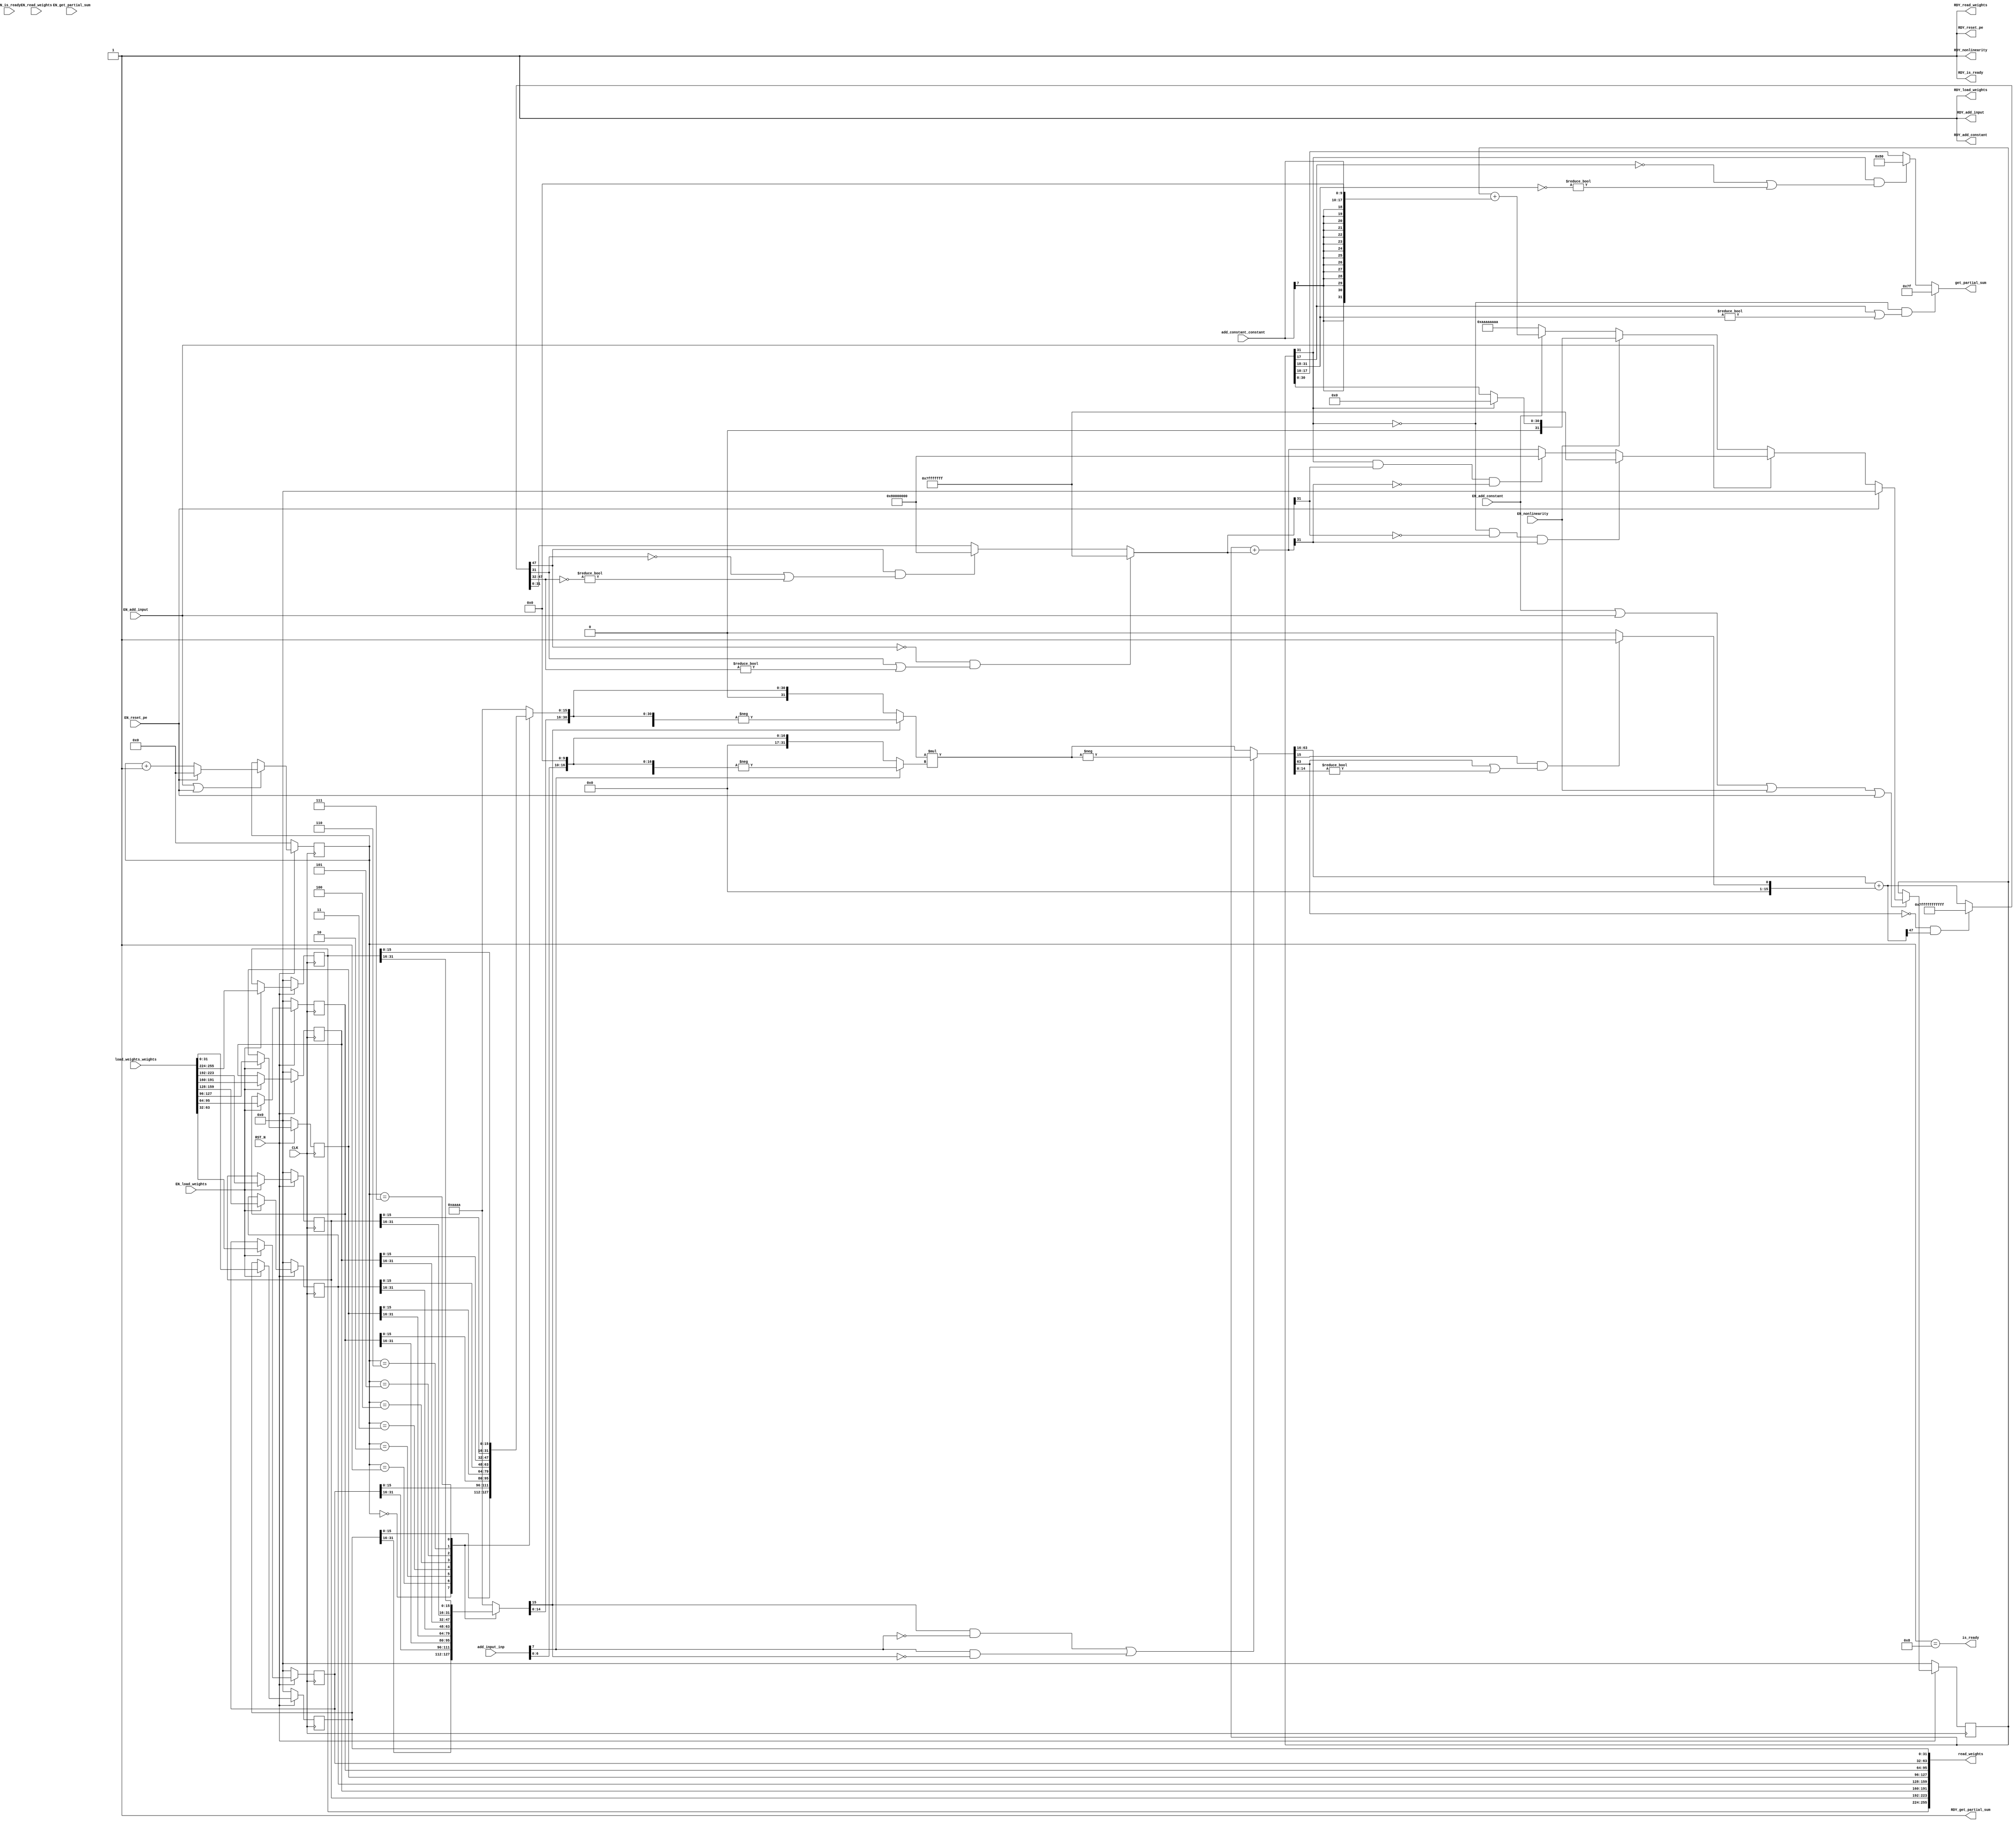
//
// Generated by Bluespec Compiler, version 2016.07.beta1 (build 34806, 2016-07-05)
//
// On Mon Dec 11 18:07:12 EST 2017
//
//
// Ports:
// Name                         I/O  size props
// RDY_load_weights               O     1 const
// RDY_add_input                  O     1 const
// RDY_add_constant               O     1 const
// RDY_nonlinearity               O     1 const
// get_partial_sum                O     8
// RDY_get_partial_sum            O     1 const
// read_weights                   O   256 reg
// RDY_read_weights               O     1 const
// is_ready                       O     1
// RDY_is_ready                   O     1 const
// RDY_reset_pe                   O     1 const
// CLK                            I     1 clock
// RST_N                          I     1 reset
// load_weights_weights           I   256 reg
// add_input_inp                  I     8
// add_constant_constant          I     8
// EN_load_weights                I     1
// EN_add_input                   I     1
// EN_add_constant                I     1
// EN_nonlinearity                I     1
// EN_reset_pe                    I     1
// EN_get_partial_sum             I     1 unused
// EN_read_weights                I     1 unused
// EN_is_ready                    I     1 unused
//
// No combinational paths from inputs to outputs
//
//

`ifdef BSV_ASSIGNMENT_DELAY
`else
  `define BSV_ASSIGNMENT_DELAY
`endif

`ifdef BSV_POSITIVE_RESET
  `define BSV_RESET_VALUE 1'b1
  `define BSV_RESET_EDGE posedge
`else
  `define BSV_RESET_VALUE 1'b0
  `define BSV_RESET_EDGE negedge
`endif

module mkPEFP32(CLK,
		RST_N,

		load_weights_weights,
		EN_load_weights,
		RDY_load_weights,

		add_input_inp,
		EN_add_input,
		RDY_add_input,

		add_constant_constant,
		EN_add_constant,
		RDY_add_constant,

		EN_nonlinearity,
		RDY_nonlinearity,

		EN_get_partial_sum,
		get_partial_sum,
		RDY_get_partial_sum,

		EN_read_weights,
		read_weights,
		RDY_read_weights,

		EN_is_ready,
		is_ready,
		RDY_is_ready,

		EN_reset_pe,
		RDY_reset_pe);
  input  CLK;
  input  RST_N;

  // action method load_weights
  input  [255 : 0] load_weights_weights;
  input  EN_load_weights;
  output RDY_load_weights;

  // action method add_input
  input  [7 : 0] add_input_inp;
  input  EN_add_input;
  output RDY_add_input;

  // action method add_constant
  input  [7 : 0] add_constant_constant;
  input  EN_add_constant;
  output RDY_add_constant;

  // action method nonlinearity
  input  EN_nonlinearity;
  output RDY_nonlinearity;

  // actionvalue method get_partial_sum
  input  EN_get_partial_sum;
  output [7 : 0] get_partial_sum;
  output RDY_get_partial_sum;

  // actionvalue method read_weights
  input  EN_read_weights;
  output [255 : 0] read_weights;
  output RDY_read_weights;

  // actionvalue method is_ready
  input  EN_is_ready;
  output is_ready;
  output RDY_is_ready;

  // action method reset_pe
  input  EN_reset_pe;
  output RDY_reset_pe;

  // signals for module outputs
  wire [255 : 0] read_weights;
  wire [7 : 0] get_partial_sum;
  wire RDY_add_constant,
       RDY_add_input,
       RDY_get_partial_sum,
       RDY_is_ready,
       RDY_load_weights,
       RDY_nonlinearity,
       RDY_read_weights,
       RDY_reset_pe,
       is_ready;

  // register m_partial_sum
  reg [31 : 0] m_partial_sum;
  reg [31 : 0] m_partial_sum_D_IN;
  wire m_partial_sum_EN;

  // register m_step
  reg [3 : 0] m_step;
  wire [3 : 0] m_step_D_IN;
  wire m_step_EN;

  // register m_weight_regs_0
  reg [31 : 0] m_weight_regs_0;
  wire [31 : 0] m_weight_regs_0_D_IN;
  wire m_weight_regs_0_EN;

  // register m_weight_regs_1
  reg [31 : 0] m_weight_regs_1;
  wire [31 : 0] m_weight_regs_1_D_IN;
  wire m_weight_regs_1_EN;

  // register m_weight_regs_2
  reg [31 : 0] m_weight_regs_2;
  wire [31 : 0] m_weight_regs_2_D_IN;
  wire m_weight_regs_2_EN;

  // register m_weight_regs_3
  reg [31 : 0] m_weight_regs_3;
  wire [31 : 0] m_weight_regs_3_D_IN;
  wire m_weight_regs_3_EN;

  // register m_weight_regs_4
  reg [31 : 0] m_weight_regs_4;
  wire [31 : 0] m_weight_regs_4_D_IN;
  wire m_weight_regs_4_EN;

  // register m_weight_regs_5
  reg [31 : 0] m_weight_regs_5;
  wire [31 : 0] m_weight_regs_5_D_IN;
  wire m_weight_regs_5_EN;

  // register m_weight_regs_6
  reg [31 : 0] m_weight_regs_6;
  wire [31 : 0] m_weight_regs_6_D_IN;
  wire m_weight_regs_6_EN;

  // register m_weight_regs_7
  reg [31 : 0] m_weight_regs_7;
  wire [31 : 0] m_weight_regs_7_D_IN;
  wire m_weight_regs_7_EN;

  // rule scheduling signals
  wire CAN_FIRE_add_constant,
       CAN_FIRE_add_input,
       CAN_FIRE_get_partial_sum,
       CAN_FIRE_is_ready,
       CAN_FIRE_load_weights,
       CAN_FIRE_nonlinearity,
       CAN_FIRE_read_weights,
       CAN_FIRE_reset_pe,
       WILL_FIRE_add_constant,
       WILL_FIRE_add_input,
       WILL_FIRE_get_partial_sum,
       WILL_FIRE_is_ready,
       WILL_FIRE_load_weights,
       WILL_FIRE_nonlinearity,
       WILL_FIRE_read_weights,
       WILL_FIRE_reset_pe;

  // inputs to muxes for submodule ports
  wire [31 : 0] MUX_m_partial_sum_write_1__VAL_2,
		MUX_m_partial_sum_write_1__VAL_3,
		MUX_m_partial_sum_write_1__VAL_4;
  wire [3 : 0] MUX_m_step_write_1__VAL_2;

  // remaining internal signals
  reg [15 : 0] weight_se_f__h3451, weight_se_i__h3450;
  wire [63 : 0] IF_SEL_ARR_m_weight_regs_0_2_BITS_31_TO_16_3_m_ETC___d58,
		IF_SEL_ARR_m_weight_regs_0_2_BITS_31_TO_16_3_m_ETC___d60;
  wire [47 : 0] IF_NOT_IF_SEL_ARR_m_weight_regs_0_2_BITS_31_TO_ETC___d75,
		IF_SEL_ARR_m_weight_regs_0_2_BITS_31_TO_16_3_m_ETC___d72;
  wire [31 : 0] IF_NOT_IF_NOT_IF_SEL_ARR_m_weight_regs_0_2_BIT_ETC___d92,
		m_partial_sum_PLUS_IF_NOT_IF_NOT_IF_SEL_ARR_m__ETC___d96,
		x__h3566,
		x__h3582,
		x__h3585,
		x__h3601;
  wire [15 : 0] in2_f__h7237,
		in2_i__h7236,
		inp_se_f__h3535,
		inp_se_i__h3534,
		y_f__h4641;
  wire [1 : 0] add_constant_constant_BITS_7_TO_6__q2,
	       add_input_inp_BITS_7_TO_6__q1;

  // action method load_weights
  assign RDY_load_weights = 1'd1 ;
  assign CAN_FIRE_load_weights = 1'd1 ;
  assign WILL_FIRE_load_weights = EN_load_weights ;

  // action method add_input
  assign RDY_add_input = 1'd1 ;
  assign CAN_FIRE_add_input = 1'd1 ;
  assign WILL_FIRE_add_input = EN_add_input ;

  // action method add_constant
  assign RDY_add_constant = 1'd1 ;
  assign CAN_FIRE_add_constant = 1'd1 ;
  assign WILL_FIRE_add_constant = EN_add_constant ;

  // action method nonlinearity
  assign RDY_nonlinearity = 1'd1 ;
  assign CAN_FIRE_nonlinearity = 1'd1 ;
  assign WILL_FIRE_nonlinearity = EN_nonlinearity ;

  // actionvalue method get_partial_sum
  assign get_partial_sum =
	     (!m_partial_sum[31] &&
	      (m_partial_sum[17] || m_partial_sum[31:18] != 14'd0)) ?
	       8'd127 :
	       ((m_partial_sum[31] &&
		 (!m_partial_sum[17] || ~m_partial_sum[31:18] != 14'd0)) ?
		  8'd128 :
		  m_partial_sum[17:10]) ;
  assign RDY_get_partial_sum = 1'd1 ;
  assign CAN_FIRE_get_partial_sum = 1'd1 ;
  assign WILL_FIRE_get_partial_sum = EN_get_partial_sum ;

  // actionvalue method read_weights
  assign read_weights =
	     { m_weight_regs_7,
	       m_weight_regs_6,
	       m_weight_regs_5,
	       m_weight_regs_4,
	       m_weight_regs_3,
	       m_weight_regs_2,
	       m_weight_regs_1,
	       m_weight_regs_0 } ;
  assign RDY_read_weights = 1'd1 ;
  assign CAN_FIRE_read_weights = 1'd1 ;
  assign WILL_FIRE_read_weights = EN_read_weights ;

  // actionvalue method is_ready
  assign is_ready = m_step == 4'd8 ;
  assign RDY_is_ready = 1'd1 ;
  assign CAN_FIRE_is_ready = 1'd1 ;
  assign WILL_FIRE_is_ready = EN_is_ready ;

  // action method reset_pe
  assign RDY_reset_pe = 1'd1 ;
  assign CAN_FIRE_reset_pe = 1'd1 ;
  assign WILL_FIRE_reset_pe = EN_reset_pe ;

  // inputs to muxes for submodule ports
  assign MUX_m_partial_sum_write_1__VAL_2 =
	     (!m_partial_sum[31] &&
	      !IF_NOT_IF_NOT_IF_SEL_ARR_m_weight_regs_0_2_BIT_ETC___d92[31] &&
	      m_partial_sum_PLUS_IF_NOT_IF_NOT_IF_SEL_ARR_m__ETC___d96[31]) ?
	       32'h7FFFFFFF :
	       ((m_partial_sum[31] &&
		 IF_NOT_IF_NOT_IF_SEL_ARR_m_weight_regs_0_2_BIT_ETC___d92[31] &&
		 !m_partial_sum_PLUS_IF_NOT_IF_NOT_IF_SEL_ARR_m__ETC___d96[31]) ?
		  32'h80000000 :
		  m_partial_sum_PLUS_IF_NOT_IF_NOT_IF_SEL_ARR_m__ETC___d96) ;
  assign MUX_m_partial_sum_write_1__VAL_3 =
	     m_partial_sum[31] ? 32'd0 : m_partial_sum ;
  assign MUX_m_partial_sum_write_1__VAL_4 =
	     m_partial_sum + { in2_i__h7236, in2_f__h7237 } ;
  assign MUX_m_step_write_1__VAL_2 = m_step + 4'd1 ;

  // register m_partial_sum
  always@(EN_reset_pe or
	  EN_add_input or
	  MUX_m_partial_sum_write_1__VAL_2 or
	  EN_nonlinearity or
	  MUX_m_partial_sum_write_1__VAL_3 or
	  EN_add_constant or MUX_m_partial_sum_write_1__VAL_4)
  case (1'b1)
    EN_reset_pe: m_partial_sum_D_IN = 32'd0;
    EN_add_input: m_partial_sum_D_IN = MUX_m_partial_sum_write_1__VAL_2;
    EN_nonlinearity: m_partial_sum_D_IN = MUX_m_partial_sum_write_1__VAL_3;
    EN_add_constant: m_partial_sum_D_IN = MUX_m_partial_sum_write_1__VAL_4;
    default: m_partial_sum_D_IN = 32'hAAAAAAAA /* unspecified value */ ;
  endcase
  assign m_partial_sum_EN =
	     EN_add_constant || EN_add_input || EN_nonlinearity ||
	     EN_reset_pe ;

  // register m_step
  assign m_step_D_IN = EN_reset_pe ? 4'd0 : MUX_m_step_write_1__VAL_2 ;
  assign m_step_EN = EN_add_input || EN_reset_pe ;

  // register m_weight_regs_0
  assign m_weight_regs_0_D_IN = load_weights_weights[31:0] ;
  assign m_weight_regs_0_EN = EN_load_weights ;

  // register m_weight_regs_1
  assign m_weight_regs_1_D_IN = load_weights_weights[63:32] ;
  assign m_weight_regs_1_EN = EN_load_weights ;

  // register m_weight_regs_2
  assign m_weight_regs_2_D_IN = load_weights_weights[95:64] ;
  assign m_weight_regs_2_EN = EN_load_weights ;

  // register m_weight_regs_3
  assign m_weight_regs_3_D_IN = load_weights_weights[127:96] ;
  assign m_weight_regs_3_EN = EN_load_weights ;

  // register m_weight_regs_4
  assign m_weight_regs_4_D_IN = load_weights_weights[159:128] ;
  assign m_weight_regs_4_EN = EN_load_weights ;

  // register m_weight_regs_5
  assign m_weight_regs_5_D_IN = load_weights_weights[191:160] ;
  assign m_weight_regs_5_EN = EN_load_weights ;

  // register m_weight_regs_6
  assign m_weight_regs_6_D_IN = load_weights_weights[223:192] ;
  assign m_weight_regs_6_EN = EN_load_weights ;

  // register m_weight_regs_7
  assign m_weight_regs_7_D_IN = load_weights_weights[255:224] ;
  assign m_weight_regs_7_EN = EN_load_weights ;

  // remaining internal signals
  assign IF_NOT_IF_NOT_IF_SEL_ARR_m_weight_regs_0_2_BIT_ETC___d92 =
	     (!IF_NOT_IF_SEL_ARR_m_weight_regs_0_2_BITS_31_TO_ETC___d75[47] &&
	      (IF_NOT_IF_SEL_ARR_m_weight_regs_0_2_BITS_31_TO_ETC___d75[31] ||
	       IF_NOT_IF_SEL_ARR_m_weight_regs_0_2_BITS_31_TO_ETC___d75[47:32] !=
	       16'd0)) ?
	       32'h7FFFFFFF :
	       ((IF_NOT_IF_SEL_ARR_m_weight_regs_0_2_BITS_31_TO_ETC___d75[47] &&
		 (!IF_NOT_IF_SEL_ARR_m_weight_regs_0_2_BITS_31_TO_ETC___d75[31] ||
		  ~IF_NOT_IF_SEL_ARR_m_weight_regs_0_2_BITS_31_TO_ETC___d75[47:32] !=
		  16'd0)) ?
		  32'h80000000 :
		  IF_NOT_IF_SEL_ARR_m_weight_regs_0_2_BITS_31_TO_ETC___d75[31:0]) ;
  assign IF_NOT_IF_SEL_ARR_m_weight_regs_0_2_BITS_31_TO_ETC___d75 =
	     (!IF_SEL_ARR_m_weight_regs_0_2_BITS_31_TO_16_3_m_ETC___d60[63] &&
	      IF_SEL_ARR_m_weight_regs_0_2_BITS_31_TO_16_3_m_ETC___d72[47]) ?
	       48'h7FFFFFFFFFFF :
	       IF_SEL_ARR_m_weight_regs_0_2_BITS_31_TO_16_3_m_ETC___d72 ;
  assign IF_SEL_ARR_m_weight_regs_0_2_BITS_31_TO_16_3_m_ETC___d58 =
	     x__h3566 * x__h3585 ;
  assign IF_SEL_ARR_m_weight_regs_0_2_BITS_31_TO_16_3_m_ETC___d60 =
	     (weight_se_i__h3450[15] && !inp_se_i__h3534[15] ||
	      inp_se_i__h3534[15] && !weight_se_i__h3450[15]) ?
	       -IF_SEL_ARR_m_weight_regs_0_2_BITS_31_TO_16_3_m_ETC___d58 :
	       IF_SEL_ARR_m_weight_regs_0_2_BITS_31_TO_16_3_m_ETC___d58 ;
  assign IF_SEL_ARR_m_weight_regs_0_2_BITS_31_TO_16_3_m_ETC___d72 =
	     IF_SEL_ARR_m_weight_regs_0_2_BITS_31_TO_16_3_m_ETC___d60[63:16] +
	     { 32'd0, y_f__h4641 } ;
  assign add_constant_constant_BITS_7_TO_6__q2 = add_constant_constant[7:6] ;
  assign add_input_inp_BITS_7_TO_6__q1 = add_input_inp[7:6] ;
  assign in2_f__h7237 = { add_constant_constant[5:0], 10'd0 } ;
  assign in2_i__h7236 =
	     { {14{add_constant_constant_BITS_7_TO_6__q2[1]}},
	       add_constant_constant_BITS_7_TO_6__q2 } ;
  assign inp_se_f__h3535 = { add_input_inp[5:0], 10'd0 } ;
  assign inp_se_i__h3534 =
	     { {14{add_input_inp_BITS_7_TO_6__q1[1]}},
	       add_input_inp_BITS_7_TO_6__q1 } ;
  assign m_partial_sum_PLUS_IF_NOT_IF_NOT_IF_SEL_ARR_m__ETC___d96 =
	     m_partial_sum +
	     IF_NOT_IF_NOT_IF_SEL_ARR_m_weight_regs_0_2_BIT_ETC___d92 ;
  assign x__h3566 = weight_se_i__h3450[15] ? -x__h3582 : x__h3582 ;
  assign x__h3582 = { weight_se_i__h3450, weight_se_f__h3451 } ;
  assign x__h3585 = inp_se_i__h3534[15] ? -x__h3601 : x__h3601 ;
  assign x__h3601 = { inp_se_i__h3534, inp_se_f__h3535 } ;
  assign y_f__h4641 =
	     (IF_SEL_ARR_m_weight_regs_0_2_BITS_31_TO_16_3_m_ETC___d60[15] &&
	      (IF_SEL_ARR_m_weight_regs_0_2_BITS_31_TO_16_3_m_ETC___d60[63] ||
	       IF_SEL_ARR_m_weight_regs_0_2_BITS_31_TO_16_3_m_ETC___d60[14:0] !=
	       15'd0)) ?
	       16'd1 :
	       16'd0 ;
  always@(m_step or
	  m_weight_regs_0 or
	  m_weight_regs_1 or
	  m_weight_regs_2 or
	  m_weight_regs_3 or
	  m_weight_regs_4 or
	  m_weight_regs_5 or m_weight_regs_6 or m_weight_regs_7)
  begin
    case (m_step)
      4'd0: weight_se_i__h3450 = m_weight_regs_0[31:16];
      4'd1: weight_se_i__h3450 = m_weight_regs_1[31:16];
      4'd2: weight_se_i__h3450 = m_weight_regs_2[31:16];
      4'd3: weight_se_i__h3450 = m_weight_regs_3[31:16];
      4'd4: weight_se_i__h3450 = m_weight_regs_4[31:16];
      4'd5: weight_se_i__h3450 = m_weight_regs_5[31:16];
      4'd6: weight_se_i__h3450 = m_weight_regs_6[31:16];
      4'd7: weight_se_i__h3450 = m_weight_regs_7[31:16];
      default: weight_se_i__h3450 =
		   16'b1010101010101010 /* unspecified value */ ;
    endcase
  end
  always@(m_step or
	  m_weight_regs_0 or
	  m_weight_regs_1 or
	  m_weight_regs_2 or
	  m_weight_regs_3 or
	  m_weight_regs_4 or
	  m_weight_regs_5 or m_weight_regs_6 or m_weight_regs_7)
  begin
    case (m_step)
      4'd0: weight_se_f__h3451 = m_weight_regs_0[15:0];
      4'd1: weight_se_f__h3451 = m_weight_regs_1[15:0];
      4'd2: weight_se_f__h3451 = m_weight_regs_2[15:0];
      4'd3: weight_se_f__h3451 = m_weight_regs_3[15:0];
      4'd4: weight_se_f__h3451 = m_weight_regs_4[15:0];
      4'd5: weight_se_f__h3451 = m_weight_regs_5[15:0];
      4'd6: weight_se_f__h3451 = m_weight_regs_6[15:0];
      4'd7: weight_se_f__h3451 = m_weight_regs_7[15:0];
      default: weight_se_f__h3451 =
		   16'b1010101010101010 /* unspecified value */ ;
    endcase
  end

  // handling of inlined registers

  always@(posedge CLK)
  begin
    if (RST_N == `BSV_RESET_VALUE)
      begin
        m_partial_sum <= `BSV_ASSIGNMENT_DELAY 32'd0;
	m_step <= `BSV_ASSIGNMENT_DELAY 4'd0;
	m_weight_regs_0 <= `BSV_ASSIGNMENT_DELAY 32'd0;
	m_weight_regs_1 <= `BSV_ASSIGNMENT_DELAY 32'd0;
	m_weight_regs_2 <= `BSV_ASSIGNMENT_DELAY 32'd0;
	m_weight_regs_3 <= `BSV_ASSIGNMENT_DELAY 32'd0;
	m_weight_regs_4 <= `BSV_ASSIGNMENT_DELAY 32'd0;
	m_weight_regs_5 <= `BSV_ASSIGNMENT_DELAY 32'd0;
	m_weight_regs_6 <= `BSV_ASSIGNMENT_DELAY 32'd0;
	m_weight_regs_7 <= `BSV_ASSIGNMENT_DELAY 32'd0;
      end
    else
      begin
        if (m_partial_sum_EN)
	  m_partial_sum <= `BSV_ASSIGNMENT_DELAY m_partial_sum_D_IN;
	if (m_step_EN) m_step <= `BSV_ASSIGNMENT_DELAY m_step_D_IN;
	if (m_weight_regs_0_EN)
	  m_weight_regs_0 <= `BSV_ASSIGNMENT_DELAY m_weight_regs_0_D_IN;
	if (m_weight_regs_1_EN)
	  m_weight_regs_1 <= `BSV_ASSIGNMENT_DELAY m_weight_regs_1_D_IN;
	if (m_weight_regs_2_EN)
	  m_weight_regs_2 <= `BSV_ASSIGNMENT_DELAY m_weight_regs_2_D_IN;
	if (m_weight_regs_3_EN)
	  m_weight_regs_3 <= `BSV_ASSIGNMENT_DELAY m_weight_regs_3_D_IN;
	if (m_weight_regs_4_EN)
	  m_weight_regs_4 <= `BSV_ASSIGNMENT_DELAY m_weight_regs_4_D_IN;
	if (m_weight_regs_5_EN)
	  m_weight_regs_5 <= `BSV_ASSIGNMENT_DELAY m_weight_regs_5_D_IN;
	if (m_weight_regs_6_EN)
	  m_weight_regs_6 <= `BSV_ASSIGNMENT_DELAY m_weight_regs_6_D_IN;
	if (m_weight_regs_7_EN)
	  m_weight_regs_7 <= `BSV_ASSIGNMENT_DELAY m_weight_regs_7_D_IN;
      end
  end

  // synopsys translate_off
  `ifdef BSV_NO_INITIAL_BLOCKS
  `else // not BSV_NO_INITIAL_BLOCKS
  initial
  begin
    m_partial_sum = 32'hAAAAAAAA;
    m_step = 4'hA;
    m_weight_regs_0 = 32'hAAAAAAAA;
    m_weight_regs_1 = 32'hAAAAAAAA;
    m_weight_regs_2 = 32'hAAAAAAAA;
    m_weight_regs_3 = 32'hAAAAAAAA;
    m_weight_regs_4 = 32'hAAAAAAAA;
    m_weight_regs_5 = 32'hAAAAAAAA;
    m_weight_regs_6 = 32'hAAAAAAAA;
    m_weight_regs_7 = 32'hAAAAAAAA;
  end
  `endif // BSV_NO_INITIAL_BLOCKS
  // synopsys translate_on
endmodule  // mkPEFP32